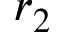
r _ { 2 }